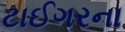
ટાઈગરના